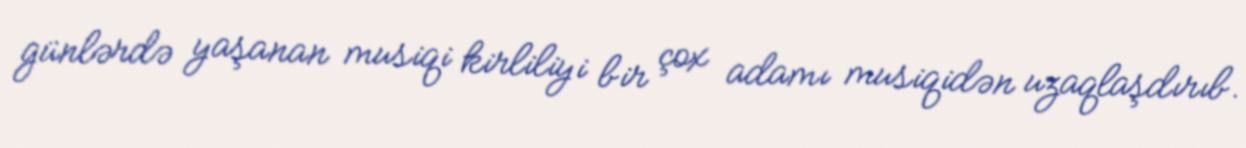
günlərdə yaşanan musiqi kirliliyi bir çox adamı musiqidən uzaqlaşdırıb.